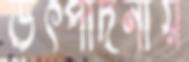
উৎপাদনীয়